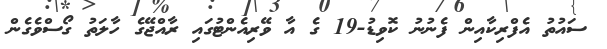
ސައުތު އެފްރިކާއިން ފެނުނު ކޮވިޑު-19 ގެ އާ ވޭރިއެންޓުގައި ރާއްޖޭގެ ހާލަތު ގޯސްވެގެން